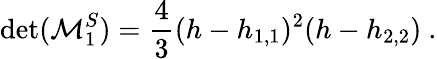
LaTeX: \operatorname*{det}({\cal M}_{1}^{S})={\frac{4}{3}}(h-h_{1,1})^{2}(h-h_{2,2}){}~.